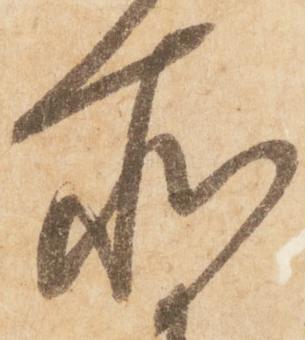
所